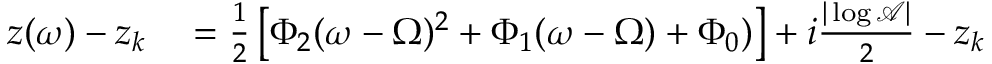
\begin{array} { r l } { z ( \omega ) - z _ { k } } & { { } = \frac { 1 } { 2 } \left[ \Phi _ { 2 } ( \omega - \Omega ) ^ { 2 } + \Phi _ { 1 } ( \omega - \Omega ) + \Phi _ { 0 } ) \right] + i \frac { | \log \mathcal { A } | } { 2 } - z _ { k } } \end{array}